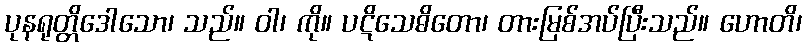
ပုနရုတ္တိဒေါသော၊ သည်။ ဝါ၊ ကို။ ပဋိသေဓိတော၊ တားမြစ်အပ်ပြီးသည်။ ဟောတိ၊